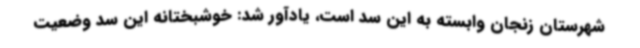
شهرستان زنجان وابسته به این سد است، یادآور شد: خوشبختانه این سد وضعیت